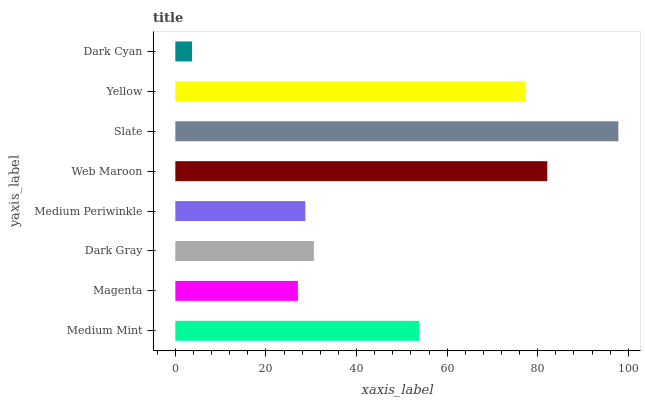
| yaxis_label | bars |
 | --- | --- |
 | Medium Mint | 53.8 |
 | Magenta | 27.1 |
 | Dark Gray | 30.6 |
 | Medium Periwinkle | 28.7 |
 | Web Maroon | 82.1 |
 | Slate | 97.8 |
 | Yellow | 77.2 |
 | Dark Cyan | 3.69 |